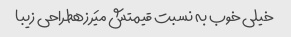
خیلی خوب به نسبت قیمتش میَرزهطراحی زیبا